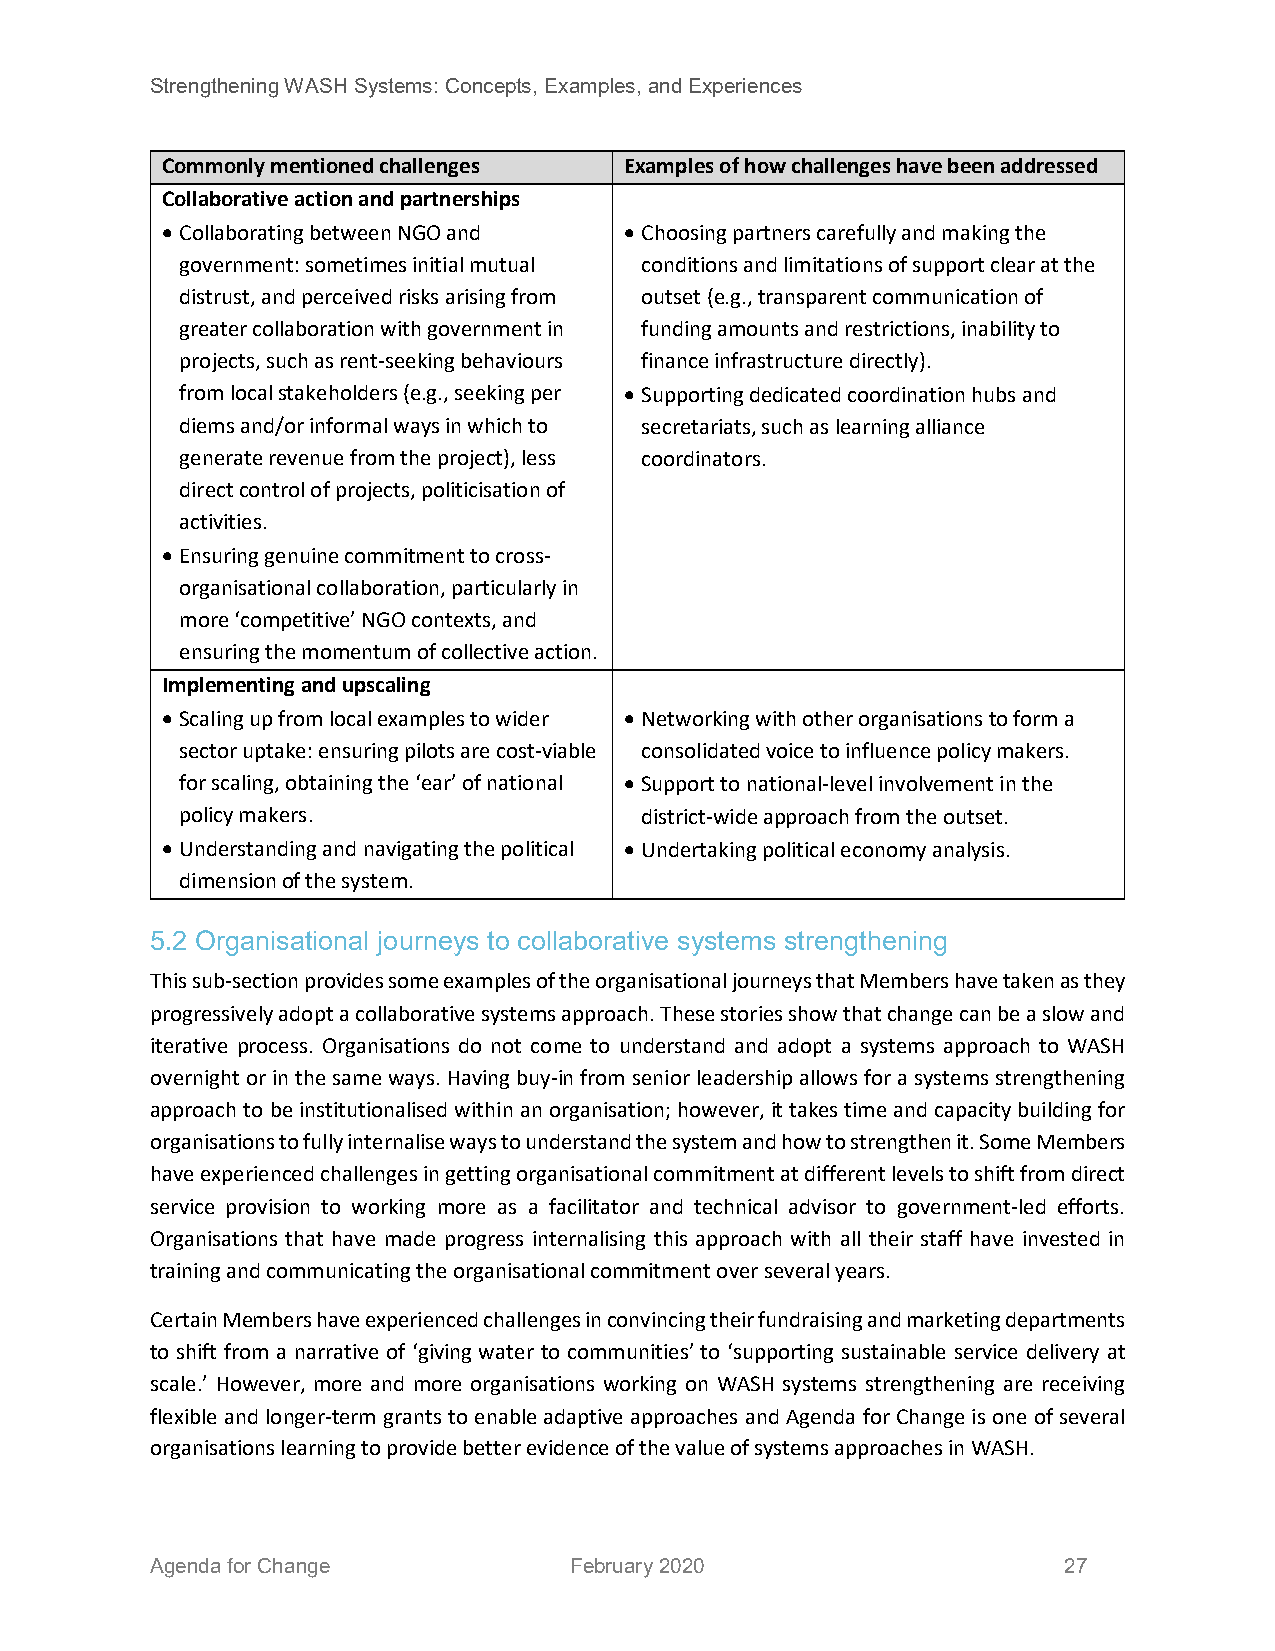
Strengthening WASH Systems: Concepts, Examples, and Experiences
 Commonly mentioned challenges Examples of how challenges have been addressed
 Collaborative action and partnerships
 • Collaborating between NGO and • Choosing partners carefully and making the
 government: sometimes initial mutual conditions and limitations of support clear at the
 distrust, and perceived risks arising from outset (e.g., transparent communication of
 greater collaboration with government in funding amounts and restrictions, inability to
 projects, such as rent-seeking behaviours finance infrastructure directly).
 from local stakeholders (e.g., seeking per • Supporting dedicated coordination hubs and
 diems and/or informal ways in which to secretariats, such as learning alliance
 generate revenue from the project), less coordinators.
 direct control of projects, politicisation of
 activities.
 • Ensuring genuine commitment to cross-
 organisational collaboration, particularly in
 more ‘competitive’ NGO contexts, and
 ensuring the momentum of collective action.
 Implementing and upscaling
 • Scaling up from local examples to wider • Networking with other organisations to form a
 sector uptake: ensuring pilots are cost-viable consolidated voice to influence policy makers.
 for scaling, obtaining the ‘ear’ of national • Support to national-level involvement in the
 policy makers.                district-wide approach from the outset.
 • Understanding and navigating the political • Undertaking political economy analysis.
 dimension of the system.
 5.2 Organisational journeys to collaborative systems strengthening
 This sub-section provides some examples of the organisational journeys that Members have taken as they
 progressively adopt a collaborative systems approach. These stories show that change can be a slow and
 iterative process. Organisations do not come to understand and adopt a systems approach to WASH
 overnight or in the same ways. Having buy-in from senior leadership allows for a systems strengthening
 approach to be institutionalised within an organisation; however, it takes time and capacity building for
 organisations to fully internalise ways to understand the system and how to strengthen it. Some Members
 have experienced challenges in getting organisational commitment at different levels to shift from direct
 service provision to working more as a facilitator and technical advisor to government-led efforts.
 Organisations that have made progress internalising this approach with all their staff have invested in
 training and communicating the organisational commitment over several years.
 Certain Members have experienced challenges in convincing their fundraising and marketing departments
 to shift from a narrative of ‘giving water to communities’ to ‘supporting sustainable service delivery at
 scale.’ However, more and more organisations working on WASH systems strengthening are receiving
 flexible and longer-term grants to enable adaptive approaches and Agenda for Change is one of several
 organisations learning to provide better evidence of the value of systems approaches in WASH.
 Agenda for Change           February 2020                   27